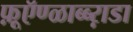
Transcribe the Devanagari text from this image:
फ़ूऍण्ळाब्ब्ऱाडा